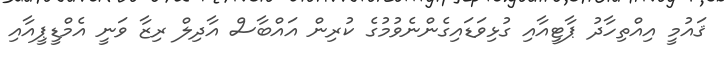
ޤައުމީ އިއްތިހާދު ޕާޓީއާއި ގުޅިވަޑައިގެންނެވުމުގެ ކުރިން އައްބާސް އާދިލް ރިޒާ ވަނީ އެމްޑީޕީއާއި